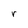
Character: r